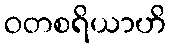
ဝတစရိယာဟိ